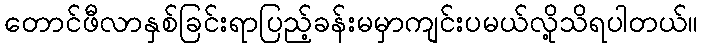
တောင်ဖီလာနှစ်ခြင်းရာပြည့်ခန်းမမှာကျင်းပမယ်လို့သိရပါတယ်။